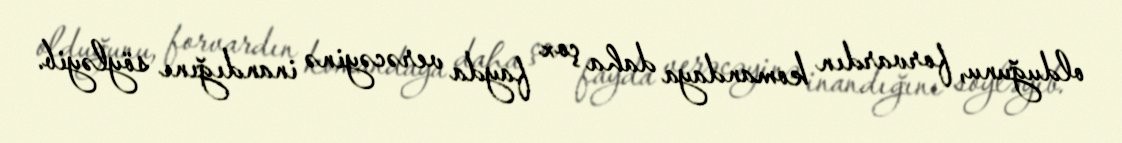
olduğunu, forvardın komandaya daha çox fayda verəcəyinə inandığını söyləyib.